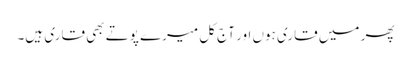
پھر میں قاری ہوں اور آج کل میرے پوتے بھی قاری ہیں۔